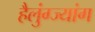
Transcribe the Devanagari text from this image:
हैलुंग्ज्यांग